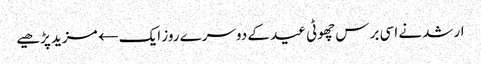
ارشد نے اسی برس چھوٹی عید کے دوسرے روز ایک← مزید پڑھیے